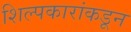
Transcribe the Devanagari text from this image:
शिल्पकारांकडून